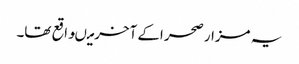
یہ مزار صحر اکے آخرمیںواقع تھا۔